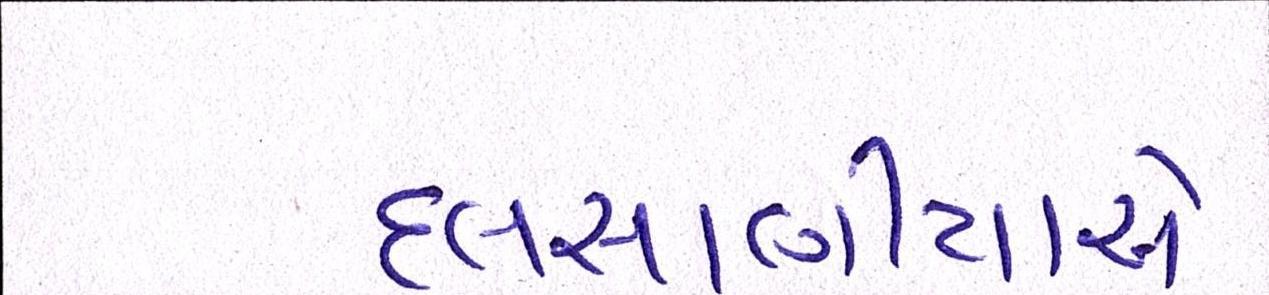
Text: દલસાણીયાએ